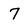
Character: 7